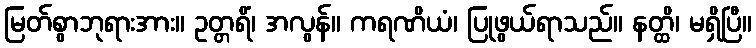
မြတ်စွာဘုရားအား။ ဥတ္တရိံ၊ အလွန်။ ကရဏိယံ၊ ပြုဖွယ်ရာသည်။ နတ္ထိ၊ မရှိပြီ။